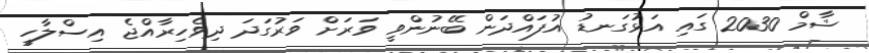
ޝާމް 2030 ގައި އަޅުގަނޑު އުފައްދަން ބޭނުންވީ ވަރަށް ވަރުގަދަ ދިވެހިރާއްޖެ އިސްލާހީ